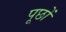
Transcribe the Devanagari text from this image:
पूछों